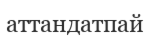
аттандатпай